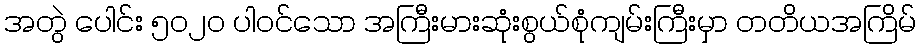
အတွဲ ပေါင်း ၅၀၂၀ ပါဝင်သော အကြီးမားဆုံးစွယ်စုံကျမ်းကြီးမှာ တတိယအကြိမ်